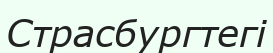
Страсбургтегі